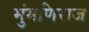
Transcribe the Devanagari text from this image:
मुंमणिराज